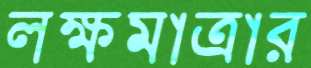
লক্ষমাত্রার